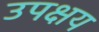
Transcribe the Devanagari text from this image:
उपक्षय